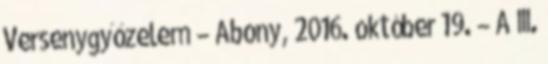
Versenygyőzelem – Abony, 2016. október 19. – A III.